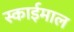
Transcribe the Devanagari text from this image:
स्काईमाल